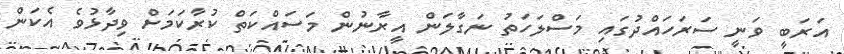
އަރަބީ ވަނީ ސަރަހައްދުގައި މަސްލަހަތު ނަގާލަން އީރާނުން މަސައްކަތް ކުރާކަމަށް ވިދާޅުވެ އެކަން